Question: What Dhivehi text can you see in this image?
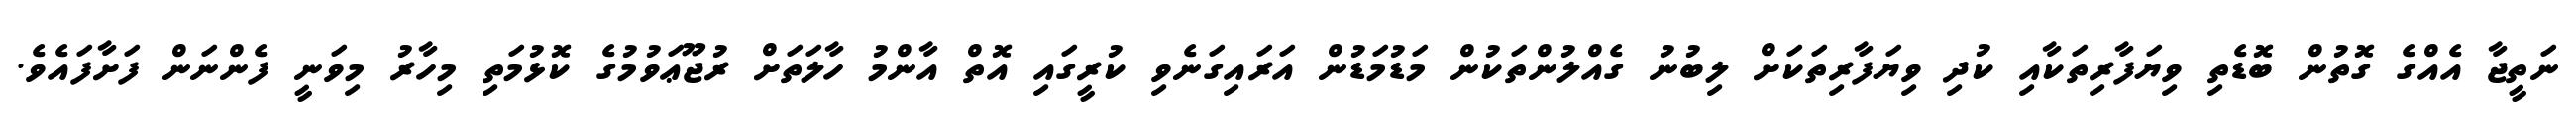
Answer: ނަތީޖާ އެއްގެ ގޮތުން ބޮޑެތި ވިޔަފާރިތަކާއި ކުދި ވިޔަފާރިތަކަށް ލިބުނު ގެއްލުންތަކުން މަޑުމަޑުން އަރައިގަނެވި ކުރީގައި އޮތް އާންމު ހާލަތަށް ރުޖޫޢަވުމުގެ ކޮޅުމަތި މިހާރު މިވަނީ ފެންނަން ފަށާފައެވެ.